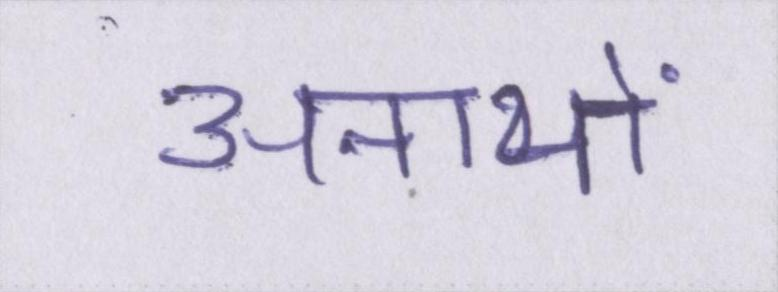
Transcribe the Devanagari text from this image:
अनाथों